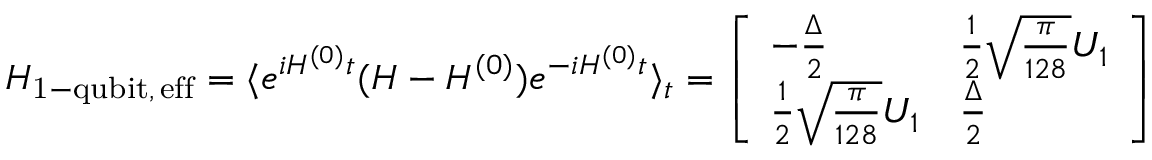
H _ { \mathrm { 1 - q u b i t , \, e f f } } = \langle e ^ { i H ^ { ( 0 ) } t } ( H - H ^ { ( 0 ) } ) e ^ { - i H ^ { ( 0 ) } t } \rangle _ { t } = \left[ \begin{array} { l l } { - \frac { \Delta } { 2 } } & { \frac { 1 } { 2 } \sqrt { \frac { \pi } { 1 2 8 } } U _ { 1 } } \\ { \frac { 1 } { 2 } \sqrt { \frac { \pi } { 1 2 8 } } U _ { 1 } } & { \frac { \Delta } { 2 } } \end{array} \right]